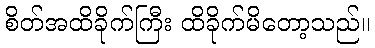
စိတ်အထိခိုက်ကြီး ထိခိုက်မိတော့သည်။